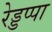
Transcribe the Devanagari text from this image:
रेड्डप्पा